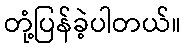
တုံ့ပြန်ခဲ့ပါတယ်။